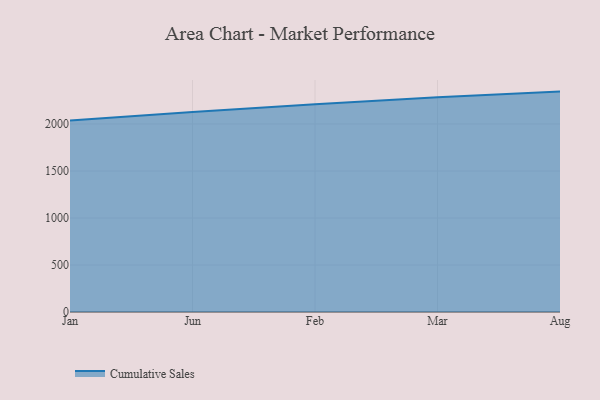
{"axis": {"x": "Month", "y": "Tickets Resolved"}, "legend": ["Cumulative Sales"], "data": [{"x": "Jan", "y": 2035.9, "type": "Cumulative Sales"}, {"x": "Jun", "y": 2128.0, "type": "Cumulative Sales"}, {"x": "Feb", "y": 2209.7, "type": "Cumulative Sales"}, {"x": "Mar", "y": 2284.6, "type": "Cumulative Sales"}, {"x": "Aug", "y": 2344.6, "type": "Cumulative Sales"}]}